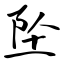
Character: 坠